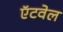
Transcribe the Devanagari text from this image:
ऍटवेल